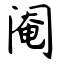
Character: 阉